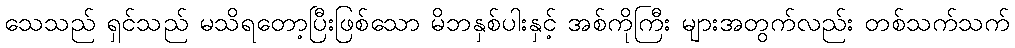
သေသည် ရှင်သည် မသိရတော့ပြီးဖြစ်သော မိဘနှစ်ပါးနှင့် အစ်ကိုကြီး များအတွက်လည်း တစ်သက်သက်